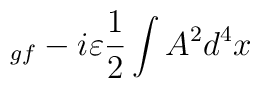
_{gf}-i\varepsilon \frac{1}{2}\int A^{2}d^{4}x